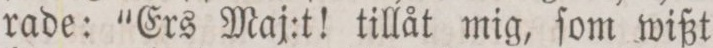
rade: “Ers Maj:t! tillåt mig, ſom wißt